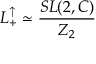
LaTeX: L _ { + } ^ { \uparrow } \simeq \frac { S L ( 2 , C ) } { Z _ { 2 } }